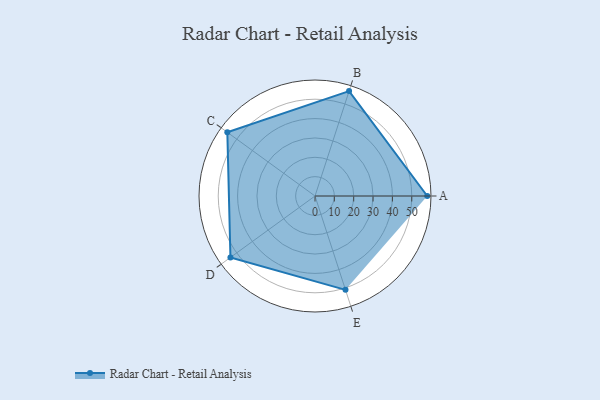
{"axis": {"x": "Skill", "y": "Score"}, "legend": ["Profile"], "data": [{"x": "A", "y": 58.0, "type": "Profile"}, {"x": "B", "y": 57.0, "type": "Profile"}, {"x": "C", "y": 56.0, "type": "Profile"}, {"x": "D", "y": 54.0, "type": "Profile"}, {"x": "E", "y": 51.0, "type": "Profile"}]}